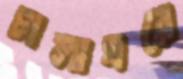
চালাঘরে